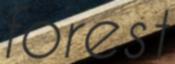
forest